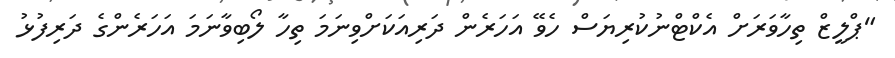
"ޕްލީޒް ތިހާވަރަށް އެކްޓްނުކުރިޔަސް ހެވޭ އަހަރެން ދަރިއަކަށްވިނަމަ ތިހާ ލޯބިވާނަމަ އަހަރެންގެ ދަރިފުޅު